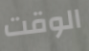
الوقت